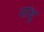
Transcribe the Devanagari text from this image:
जांबू